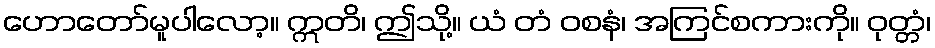
ဟောတော်မူပါလော့။ ဣတိ၊ ဤသို့။ ယံ တံ ဝစနံ၊ အကြင်စကားကို။ ဝုတ္တံ၊